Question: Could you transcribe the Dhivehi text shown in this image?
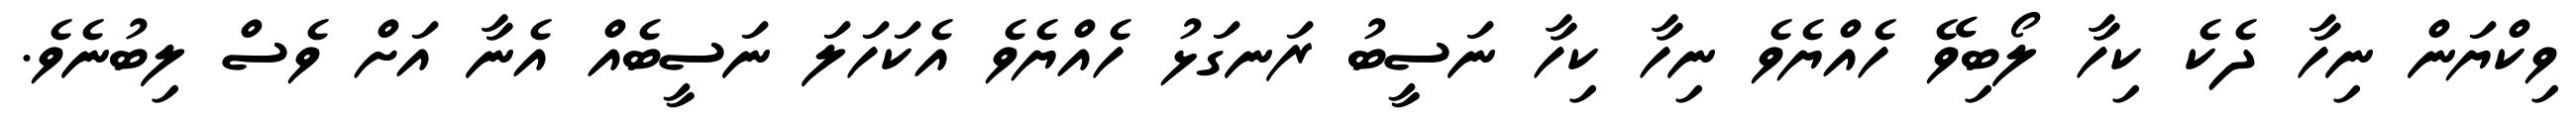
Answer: ވިކްޔަން ނިހާ ދެކެ ކިހާ ލޯބިވޭ ހެއްޔެވެ ނިހާ ކިހާ ނަސީބު ރަނގަޅު ހެއްޔެވެ އެކަހަލަ ނަސީބެއް އެނާ އަށް ވެސް ލިބުނެވެ.